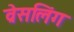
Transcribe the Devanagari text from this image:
व्रेसलिंग